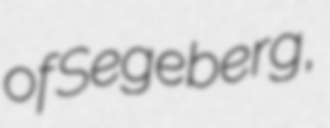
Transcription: of Segeberg,